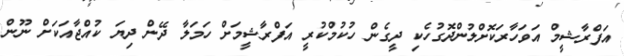
އަފްރާޝީމް އަވަހާރަކޮށްލުންދޮގުހެކި ދީގެން ހުކުމްކުރީ އަފްރާޝީމަށް ހަމަލާ ދޭން ދިޔަ ކުއްޖާއަކަށް ނޫން